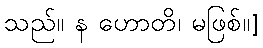
သည်။ န ဟောတိ၊ မဖြစ်။]